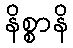
နိစ္စာနိ